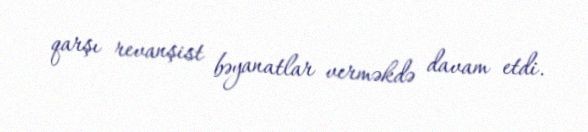
qarşı revanşist bəyanatlar verməkdə davam etdi.